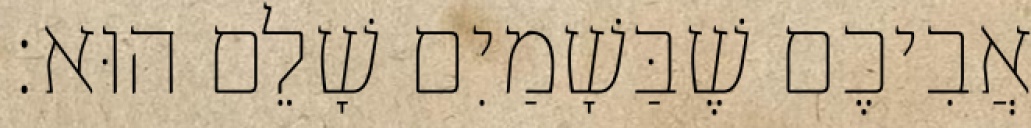
אֲבִיכֶם שֶׁבַּשָׁמַיִם שָׁלֵם הוּא׃